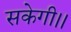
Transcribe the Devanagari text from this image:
सकेगी।।